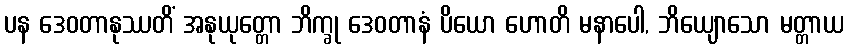
ပန ဒေဝတာနုဿတိံ အနုယုတ္တော ဘိက္ခု ဒေဝတာနံ ပိယော ဟောတိ မနာပေါ, ဘိယျောသော မတ္တာယ